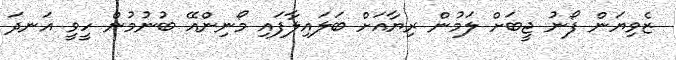
ޒެވިޔަން ފޯނު ޖީބަށް ލަމުން ރިޔާއަށް ބަލައިލާފައި މޯނިންއޭ ބުނުމުން ހީވީ އަނދަ